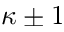
\kappa \pm 1